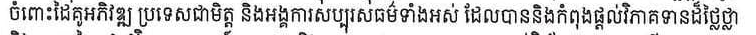
ចំពោះដៃគូអភិវឌ្ឍ ប្រទេសជាមិត្ត និងអង្គការសប្បុរសធម៌ទាំងអស់ ដែលបាននិងកំពុងផ្ដល់វិភាគទានដ៏ថ្លៃថ្លា